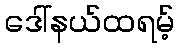
ဒေါ်နယ်ထရမ့်